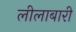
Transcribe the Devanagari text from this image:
लीलाबारी